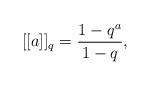
LaTeX: \begin{align*}\lbrack\lbrack a]]_{q}=\frac{1-q^{a}}{1-q},\end{align*}